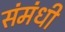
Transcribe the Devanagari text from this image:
संमंधी